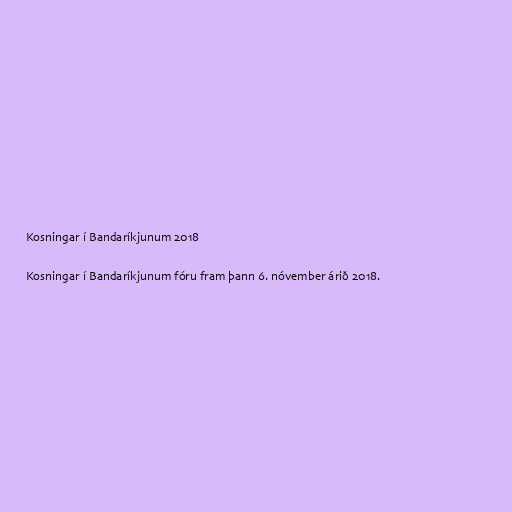
Kosningar í Bandaríkjunum 2018

Kosningar í Bandaríkjunum fóru fram þann 6. nóvember árið 2018.